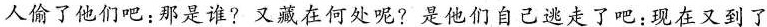
人偷了他们吧：那是谁?又藏在何处呢?是他们自己逃走了吧：现在又到了